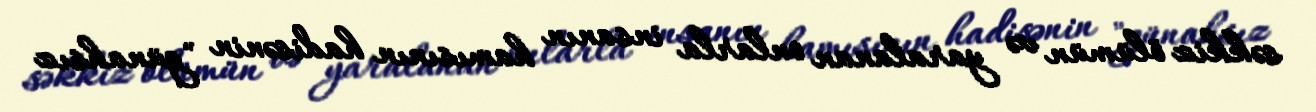
səkkiz ölümün və yaralanan onlarla insanın hamısının hadisənin "günahsız